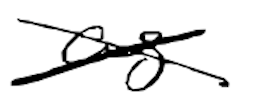
Text: as
Cross-out: cross
Writing tool: digital_black